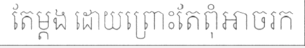
តែម្តង ដោយព្រោះតែពុំអាចរក